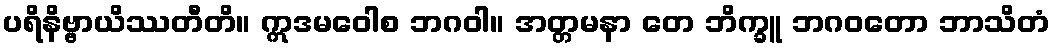
ပရိနိဗ္ဗာယိဿတီတိ။ ဣဒမဝေါစ ဘဂဝါ။ အတ္တမနာ တေ ဘိက္ခူ ဘဂဝတော ဘာသိတံ